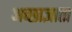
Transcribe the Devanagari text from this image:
अच्छाज्ञाता